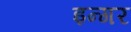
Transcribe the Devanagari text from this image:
इन्गर